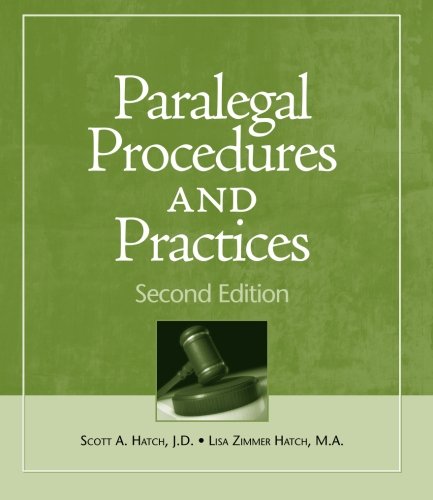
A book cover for Paralegal Procedures and Practices; Scott Hatch; Law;